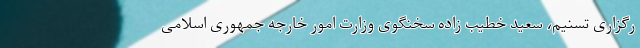
رگزاری تسنیم، سعید خطیب زاده سخنگوی وزارت امور خارجه جمهوری اسلامی